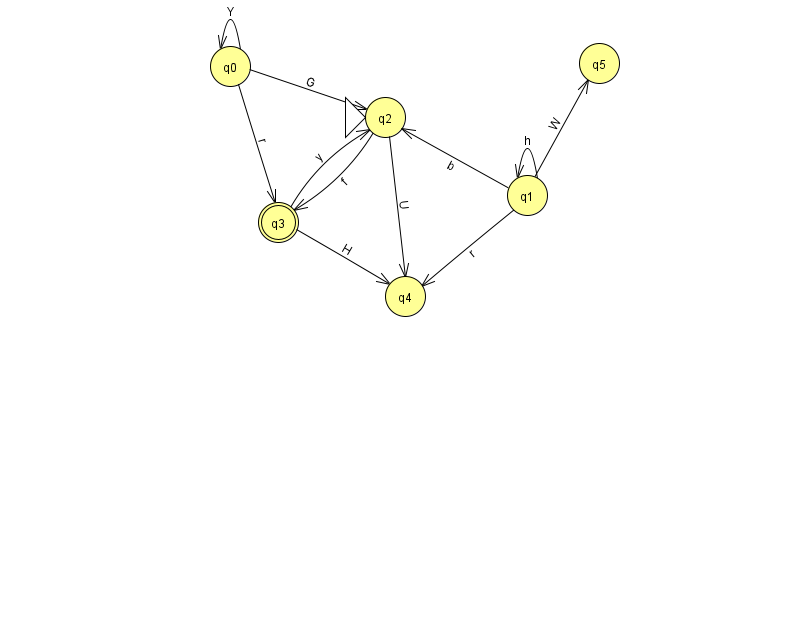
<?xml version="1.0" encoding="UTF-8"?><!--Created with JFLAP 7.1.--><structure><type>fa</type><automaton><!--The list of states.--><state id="0" name="q0"><x>230.0</x><y>53.0</y></state><state id="1" name="q1"><x>527.0</x><y>182.0</y></state><state id="2" name="q2"><x>385.0</x><y>104.0</y><initial/></state><state id="3" name="q3"><x>278.0</x><y>209.0</y><final/></state><state id="4" name="q4"><x>405.0</x><y>283.0</y></state><state id="5" name="q5"><x>599.0</x><y>50.0</y></state><!--The list of transitions.--><transition><from>0</from><to>3</to><read>r</read></transition><transition><from>3</from><to>2</to><read>y</read></transition><transition><from>3</from><to>4</to><read>H</read></transition><transition><from>1</from><to>4</to><read>r</read></transition><transition><from>1</from><to>5</to><read>W</read></transition><transition><from>1</from><to>2</to><read>b</read></transition><transition><from>2</from><to>4</to><read>U</read></transition><transition><from>1</from><to>1</to><read>h</read></transition><transition><from>0</from><to>0</to><read>Y</read></transition><transition><from>0</from><to>2</to><read>G</read></transition><transition><from>2</from><to>3</to><read>f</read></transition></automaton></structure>